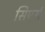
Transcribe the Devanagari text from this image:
सिएर्स